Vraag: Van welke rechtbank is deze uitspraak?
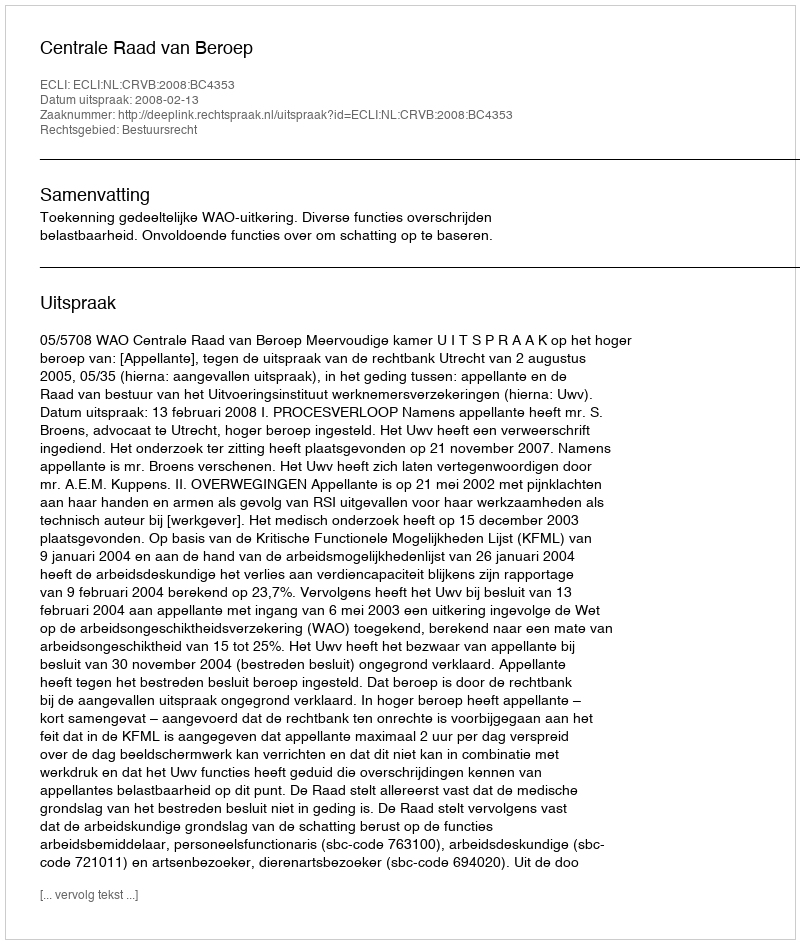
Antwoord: Centrale Raad van Beroep